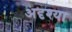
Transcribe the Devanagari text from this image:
अदृश्या